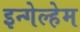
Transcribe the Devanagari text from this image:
इन्गेल्हेम